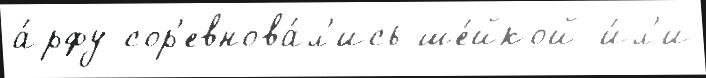
а́рфу сор'евнова́л'ись ше́йкой и́л'и